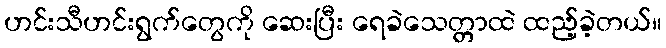
ဟင်းသီဟင်းရွက်တွေကို ဆေးပြီး ရေခဲသေတ္တာထဲ ထည့်ခဲ့တယ်။